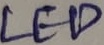
Text: LED